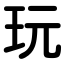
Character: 玩